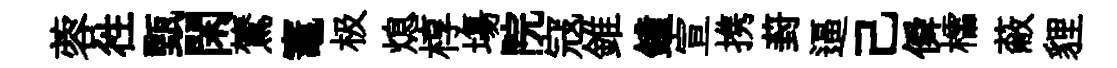
蓉徃甄閑鷟竈极熄椁塲院寇錐鐘宣携葑逼己僢櫺蔽貍